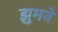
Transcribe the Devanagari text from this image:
झुमने